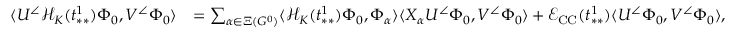
\begin{array} { r l } { \langle U ^ { \angle } \mathcal { H } _ { K } ( t _ { * * } ^ { 1 } ) \Phi _ { 0 } , V ^ { \angle } \Phi _ { 0 } \rangle } & { = \sum _ { \alpha \in \Xi ( G ^ { 0 } ) } \langle \mathcal { H } _ { K } ( t _ { * * } ^ { 1 } ) \Phi _ { 0 } , \Phi _ { \alpha } \rangle \langle X _ { \alpha } U ^ { \angle } \Phi _ { 0 } , V ^ { \angle } \Phi _ { 0 } \rangle + \mathcal { E } _ { \mathrm { C C } } ( t _ { * * } ^ { 1 } ) \langle U ^ { \angle } \Phi _ { 0 } , V ^ { \angle } \Phi _ { 0 } \rangle , } \end{array}